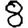
Digit: 8